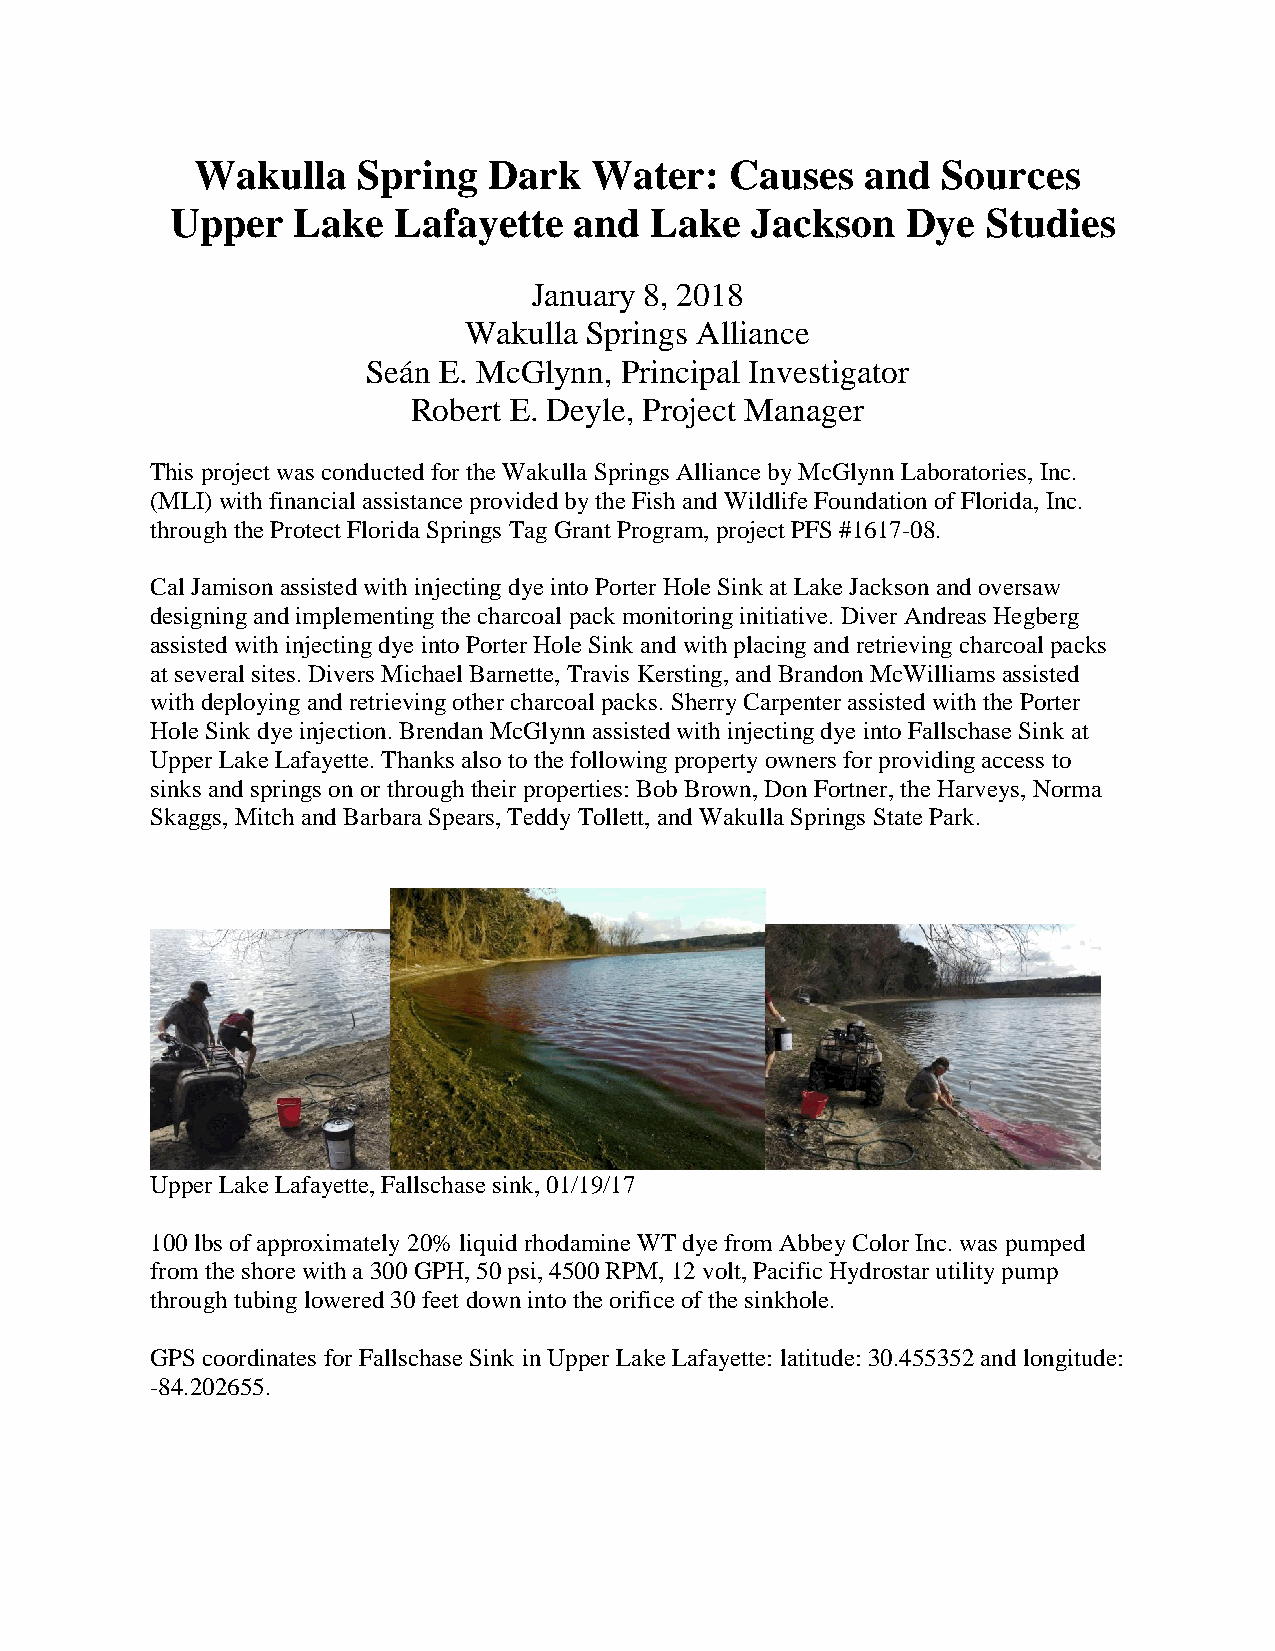
Wakulla    Spring  Dark   Water:   Causes   and  Sources
 Upper   Lake   Lafayette   and  Lake   Jackson   Dye  Studies
 January 8, 2018
 Wakulla Springs Alliance
 Seán E. McGlynn, Principal Investigator
 Robert E. Deyle, Project Manager
 This project was conducted for the Wakulla Springs Alliance by McGlynn Laboratories, Inc.
 (MLI) with financial assistance provided by the Fish and Wildlife Foundation of Florida, Inc.
 through the Protect Florida Springs Tag Grant Program, project PFS #1617-08.
 Cal Jamison assisted with injecting dye into Porter Hole Sink at Lake Jackson and oversaw
 designing and implementing the charcoal pack monitoring initiative. Diver Andreas Hegberg
 assisted with injecting dye into Porter Hole Sink and with placing and retrieving charcoal packs
 at several sites. Divers Michael Barnette, Travis Kersting, and Brandon McWilliams assisted
 with deploying and retrieving other charcoal packs. Sherry Carpenter assisted with the Porter
 Hole Sink dye injection. Brendan McGlynn assisted with injecting dye into Fallschase Sink at
 Upper Lake Lafayette. Thanks also to the following property owners for providing access to
 sinks and springs on or through their properties: Bob Brown, Don Fortner, the Harveys, Norma
 Skaggs, Mitch and Barbara Spears, Teddy Tollett, and Wakulla Springs State Park.
 Upper Lake Lafayette, Fallschase sink, 01/19/17
 100 lbs of approximately 20% liquid rhodamine WT dye from Abbey Color Inc. was pumped
 from the shore with a 300 GPH, 50 psi, 4500 RPM, 12 volt, Pacific Hydrostar utility pump
 through tubing lowered 30 feet down into the orifice of the sinkhole.
 GPS coordinates for Fallschase Sink in Upper Lake Lafayette: latitude: 30.455352 and longitude:
 -84.202655.